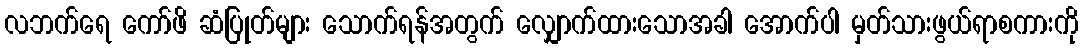
လဘက်ရေ ကော်ဖိ ဆံပြုတ်များ သောက်ရန်အတွက် လျှောက်ထားသောအခါ အောက်ပါ မှတ်သားဖွယ်ရာစကားကို